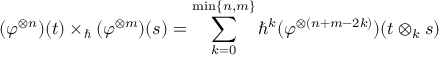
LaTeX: ( \varphi ^ { \otimes n } ) ( t ) \times _ { \hbar } ( \varphi ^ { \otimes m } ) ( s ) = \sum _ { k = 0 } ^ { \mathrm { m i n } \{ n , m \} } \hbar ^ { k } ( \varphi ^ { \otimes ( n + m - 2 k ) } ) ( t \otimes _ { k } s )